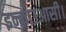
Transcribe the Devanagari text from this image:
इन्काउआसी।